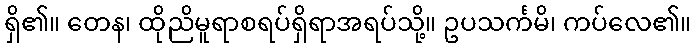
ရှိ၏။ တေန၊ ထိုညိမူရာစရပ်ရှိရာအရပ်သို့။ ဥပသင်္ကမိ၊ ကပ်လေ၏။